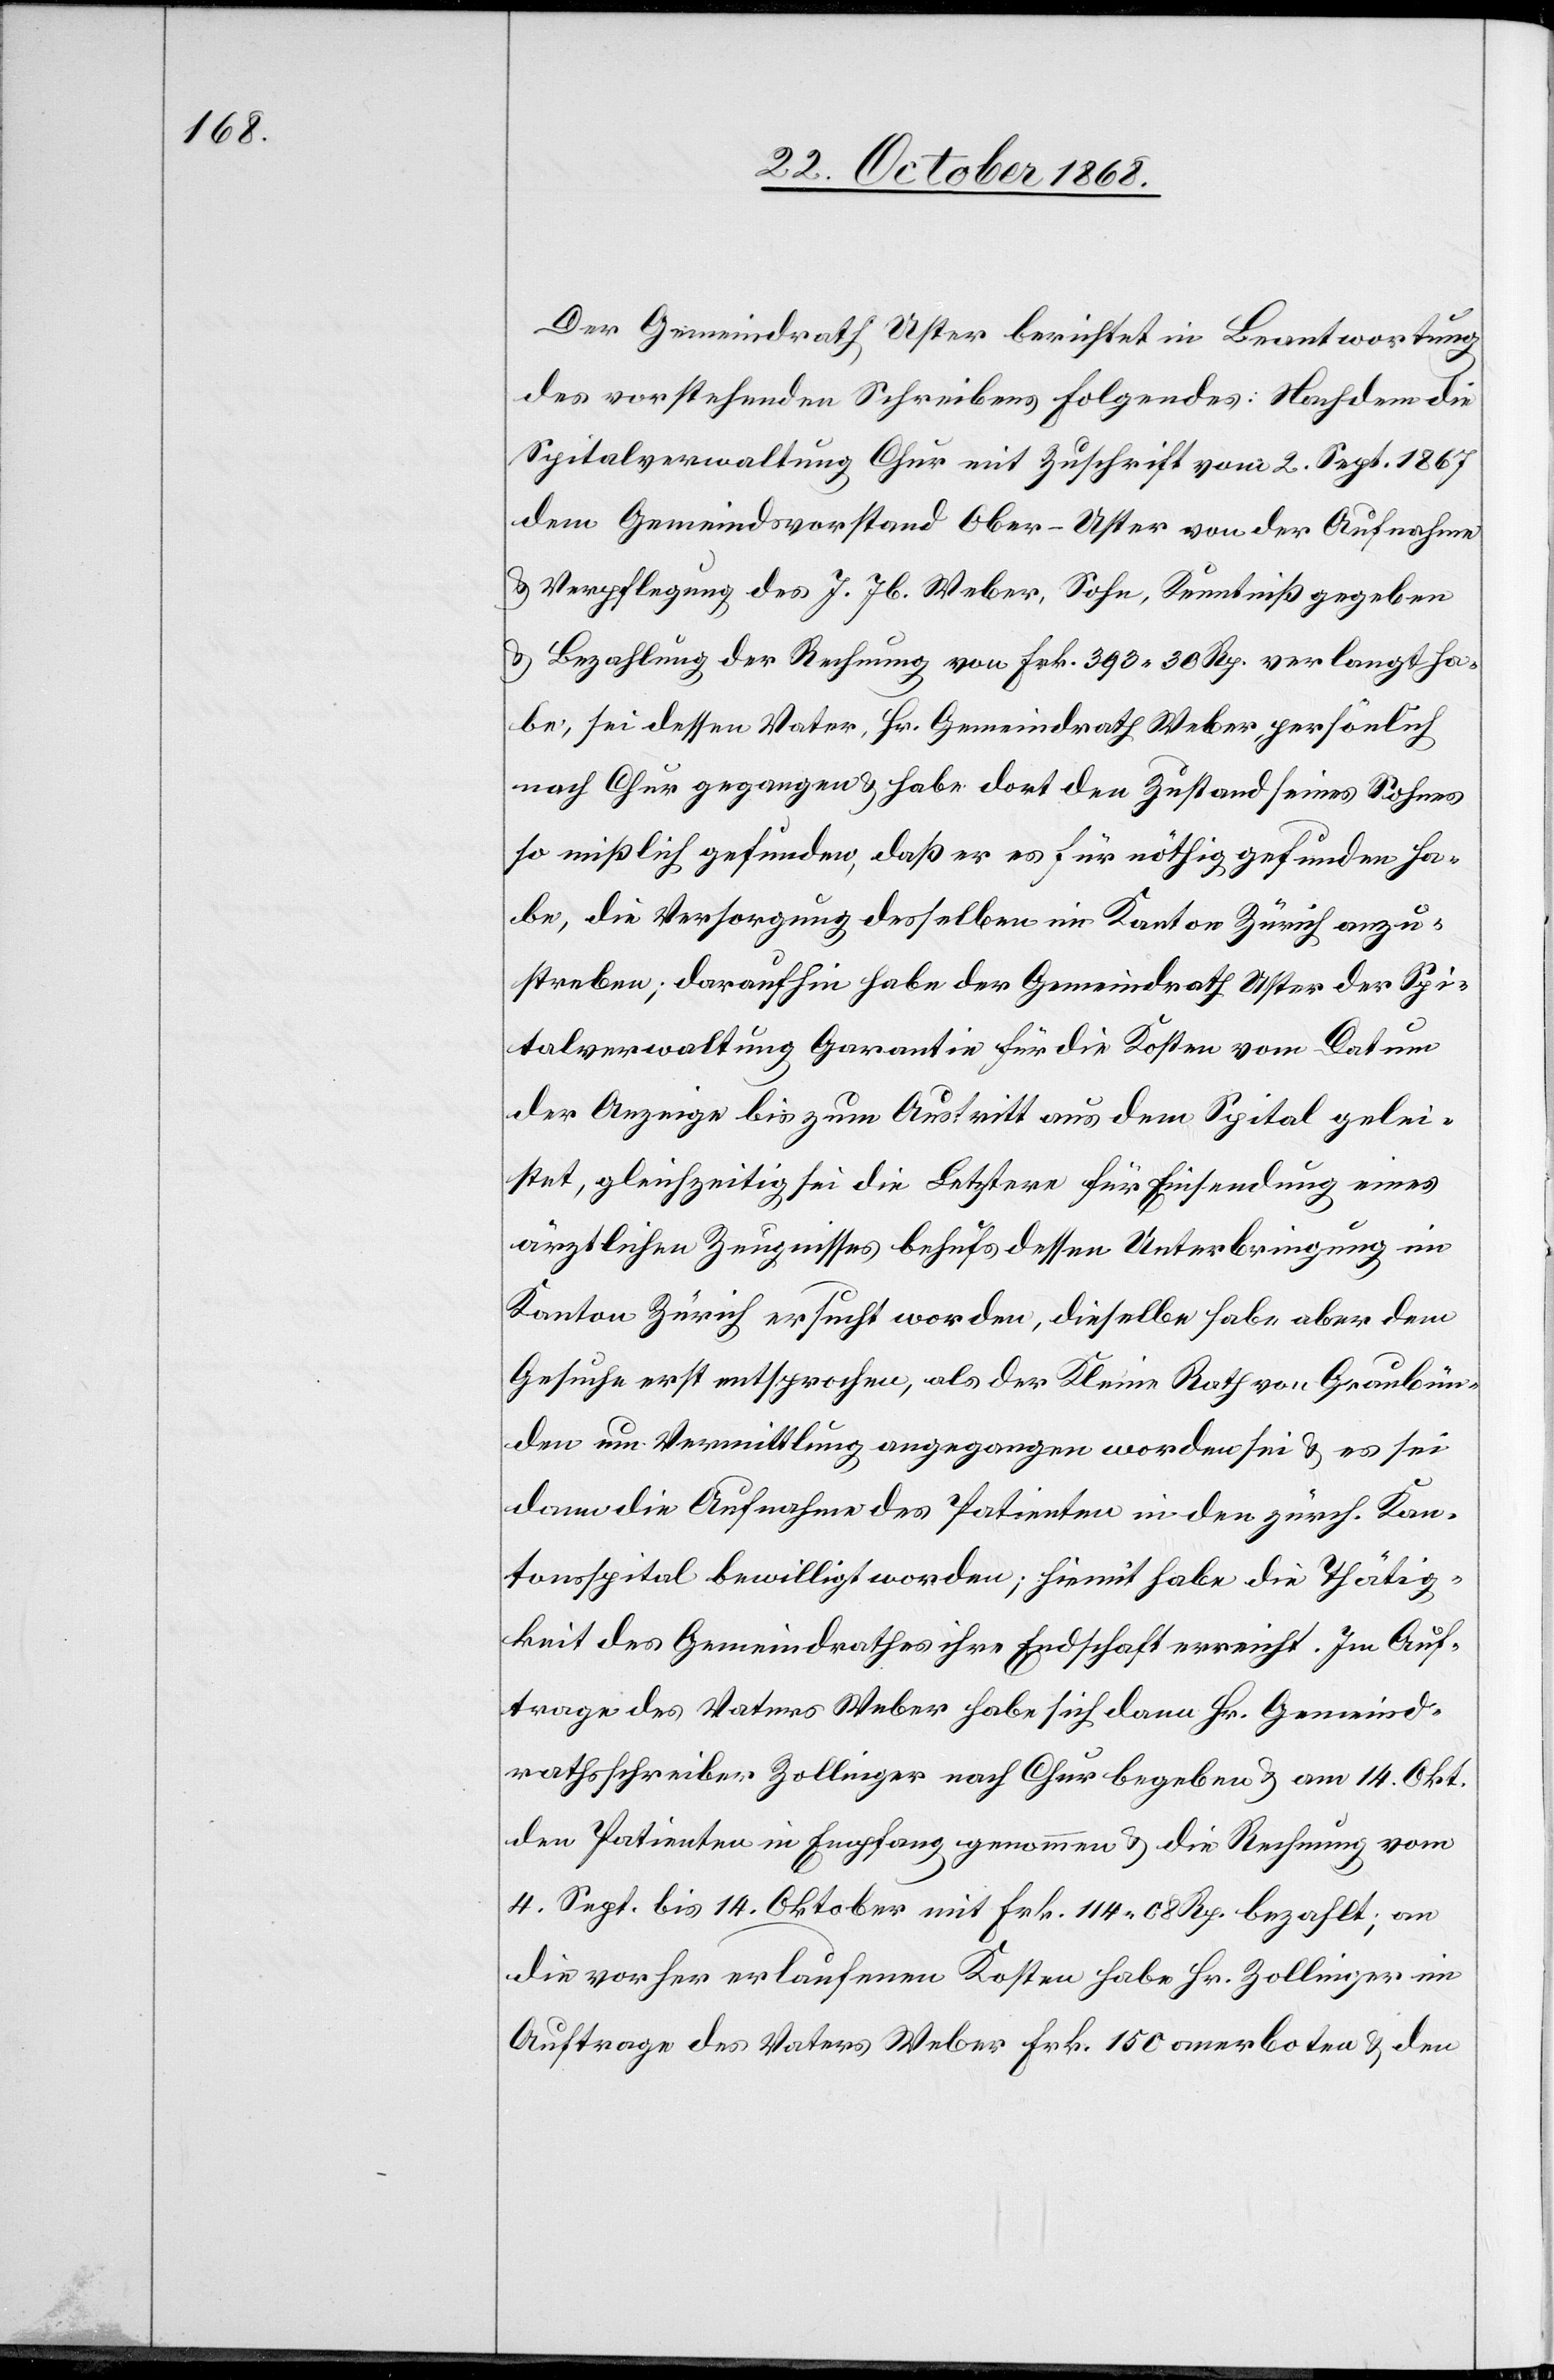
Der Gemeindrath Uster berichtet in Beantwortung
des vorstehenden Schreibens Folgendes: Nachdem die
Spitalverwaltung Chur mit Zuschrift vom 2. Sept. 1867
dem Gemeindsvorstand Ober-Uster von der Aufnahme
& Verpflegung des J. Jb. Weber, Sohn, Kenntniß gegeben
& Bezahlung der Rechnung von Frk. 393 30 Rp. verlangt ha¬
be, sei dessen Vater, Hr. Gemeindrath Weber, persönlich
nach Chur gegangen & habe dort den Zustand seines Sohnes
so mißlich gefunden, daß er es für nöthig gefunden ha¬
be, die Versorgung desselben im Kanton Zürich anzu¬
streben; daraufhin habe der Gemeindrath Uster der Spi¬
talverwaltung Garantie für die Kosten vom Datum
der Anzeige bis zum Austritt aus dem Spital gelei¬
stet, gleichzeitig sei die Letztere für Einsendung eines
ärztlichen Zeugnisses behufs dessen Unterbringung im
Kanton Zürich ersucht worden, dieselbe habe aber dem
Gesuche erst entsprochen, als der Kleine Rath von Graubün¬
den um Vermittlung angegangen worden sei & es sei
dann die Aufnahme des Patienten in den zürch. Kan¬
tonsspital bewilligt worden; hiemit habe die Thätig¬
keit des Gemeindrathes ihre Endschaft erreicht. Im Auf¬
trage des Vaters Weber habe sich dann Hr. Gemeind¬
rathsschreiber Zollinger nach Chur begeben & am 14. Okt.
den Patienten in Empfang genommen & die Rechnung vom
4. Sept. bis 14. Oktober mit Frk. 114 08 Rp. bezahlt; an
die vorher erlaufenen Kosten habe Hr. Zollinger im
Auftrage des Vaters Weber Frk. 150 anerboten & den